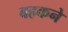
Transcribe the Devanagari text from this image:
बहकने